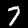
Label: 7